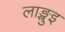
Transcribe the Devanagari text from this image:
लाङ्खुइ